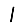
Digit: 1